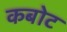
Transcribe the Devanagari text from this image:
कबोट